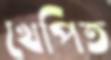
খেপিত